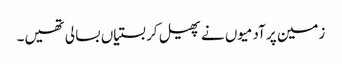
زمین پر آدمیوں نے پھیل کر بستیاں بسا لی تھیں۔